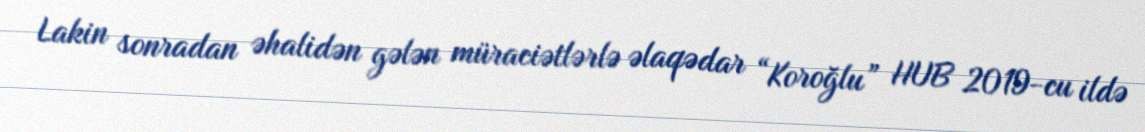
Lakin sonradan əhalidən gələn müraciətlərlə əlaqədar “Koroğlu” HUB 2019-cu ildə